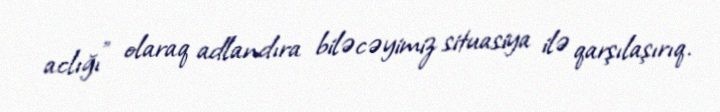
aclığı” olaraq adlandıra biləcəyimiz situasiya ilə qarşılaşırıq.